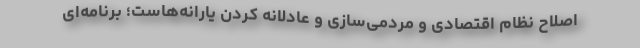
اصلاح نظام اقتصادی و مردمی‌سازی و عادلانه کردن یارانه‌هاست؛ برنامه‌ای